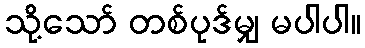
သို့သော် တစ်ပုဒ်မျှ မပါပါ။